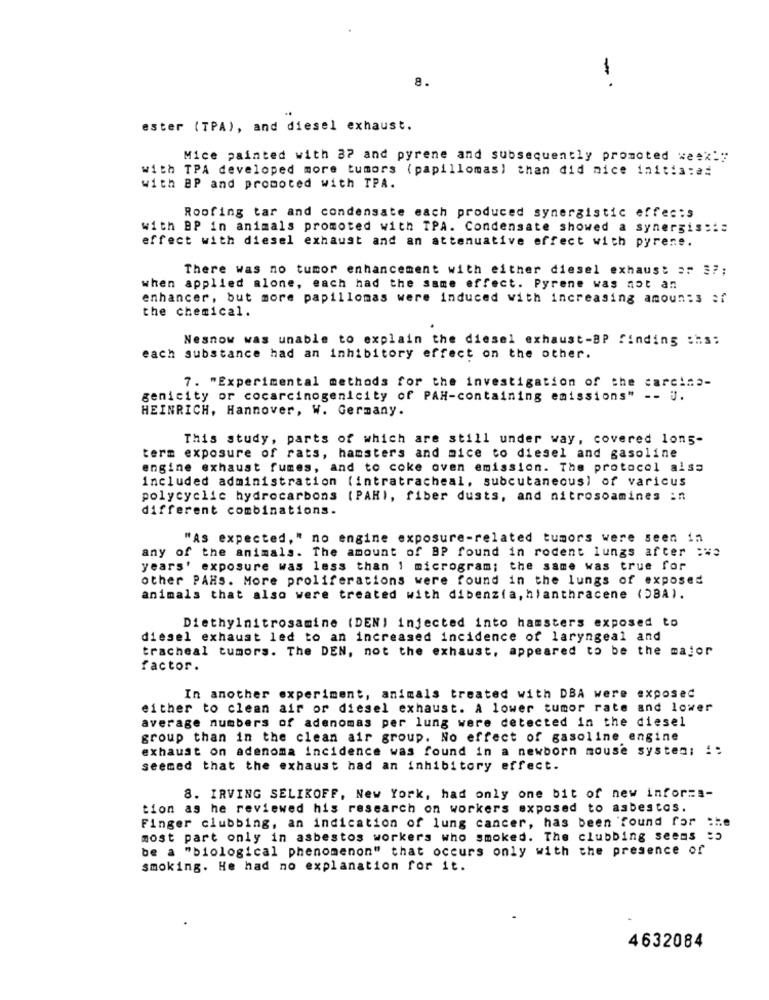
8.
-·
ester (TPA), and diesel exhaust.
Mice painted with 37 and pyrene and subsequently promoted week's
with TPA developed more tumors (papillomas) than did nice initia:a=
with BP and promoted with TPA.
Roofing tar and condensate each produced synergistic effec:s
with BP in animals promoted with TPA. Condensate showed a synergis :::
effect with diesel exhaust and an attenuative effect with pyrene.
There was no tumor enhancement with either diesel exhaust ar 3 ?;
when applied alone, each had the same effect. Pyrene was not an
enhancer, but more papillomas were induced with increasing amounts of
the chemical.
Nesnow was unable to explain the diesel exhaust-BP finding :hs:
each substance had an inhibitory effect on the other.
7. "Experimental methods for the investigation of the carcina-
genicity or cocarcinogenicity of PAH-containing emissions" -- j.
HEINRICH, Hannover, W. Germany.
This study, parts of which are still under way, covered long-
term exposure of rats, hamsters and mice to diesel and gasoline
engine exhaust fumes, and to coke oven emission. The protocol alss
included administration (intratracheal, subcutaneous] of varicus
polycyclic hydrocarbons (PARI, fiber dusts, and nitrosoamines :n
different combinations.
"AS expected," no engine exposure-related tumors were seen in
any of the animals. The amount of BP found in rodent lungs after :we
years' exposure was less than 1 microgram; the same was true for
other PAHS. More proliferations were found in the lungs of exposed
animals that also were treated with dibenzia, hlanthracene (OBA).
Diethylnitrosamine (DEN) injected into hamsters exposed to
diesel exhaust led to an increased incidence of laryngeal and
tracheal tumors. The DEN, not the exhaust, appeared to be the major
factor.
In another experiment, animals treated with DBA were exposed
either to clean air or diesel exhaust. A lower tumor rate and lower
average numbers of adenomas per lung were detected in the diesel
group than in the clean air group. No effect of gasoline engine
exhaust on adenoma incidence was found in a newborn mouse system; !:
seemed that the exhaust had an inhibitory effect.
8. IRVING SELIKOFF, New York, had only one bit of new infor ==-
tion as he reviewed his research on workers exposed to asbestos.
Finger clubbing, an indication of lung cancer, has been found for the
most part only in asbestos workers who smoked. The clubbing seems =5
be a "biological phenomenon" that occurs only with the presence of
smoking. He had no explanation for it.
4632084